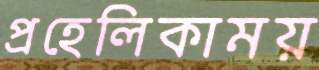
প্রহেলিকাময়